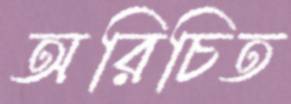
অরিচিত